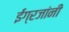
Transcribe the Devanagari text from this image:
ईंग्रजांनी